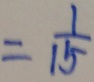
= \frac { 1 } { 1 5 }